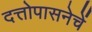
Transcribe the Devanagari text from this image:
दत्तोपासनेचें